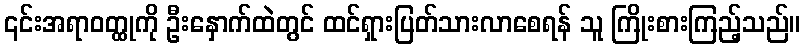
၎င်းအရာဝတ္ထုကို ဦးနှောက်ထဲတွင် ထင်ရှားပြတ်သားလာစေရန် သူ ကြိုးစားကြည့်သည်။